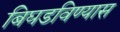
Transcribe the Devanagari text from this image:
बिघडविण्यास